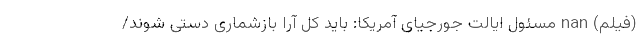
(فیلم) nan مسئول ایالت جورجیای آمریکا: باید کل آرا بازشماری دستی شوند/